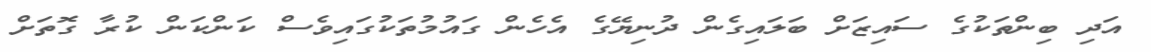
އަދި ބިންތަކުގެ ސައިޒަށް ބަލައިގެން ދުނިޔޭގެ އެހެން ގައުމުތަކުގައިވެސް ކަންކަން ކުރާ ގޮތަށް